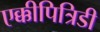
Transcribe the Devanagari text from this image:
एक्कीपित्रिडी